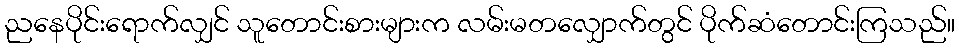
ညနေပိုင်းရောက်လျှင် သူတောင်းစားများက လမ်းမတလျှောက်တွင် ပိုက်ဆံတောင်းကြသည်။